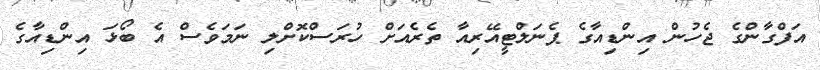
އަފްގާންގެ ޖެހުން އިންޑިއާގެ ޕެނަލްޓީއޭރިއާ ތެރެއަށް ހުރަސްކޮށްލި ނަމަވެސް އެ ބޯޅަ އިންޑިއާގެ